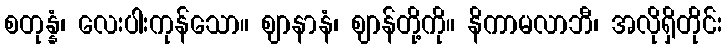
စတုန္နံ၊ လေးပါးကုန်သော။ ဈာနာနံ၊ ဈာန်တို့ကို။ နိကာမလာဘီ၊ အလိုရှိတိုင်း